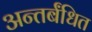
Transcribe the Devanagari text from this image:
अन्तर्बंधित